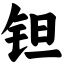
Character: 钽